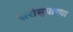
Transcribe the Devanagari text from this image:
सरीसृपांच्या